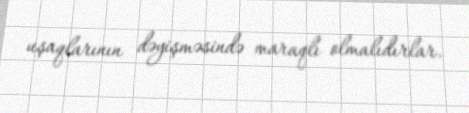
uşaqlarının dəyişməsində maraqlı olmalıdırlar.